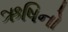
ઋષિનો